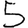
Digit: 5